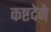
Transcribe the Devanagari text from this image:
कष्टदेने